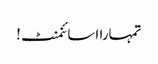
تمہارا اسائنمنٹ!